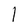
Character: 1